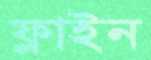
ফ্লাইন